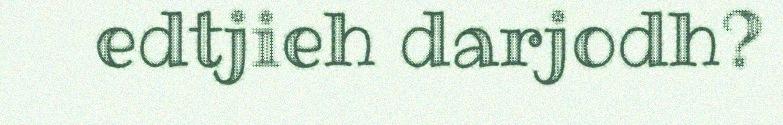
edtjieh darjodh?